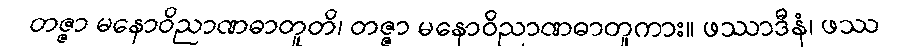
တဇ္ဇာ မနောဝိညာဏဓာတူတိ၊ တဇ္ဇာ မနောဝိညာဏဓာတူကား။ ဖဿာဒီနံ၊ ဖဿ